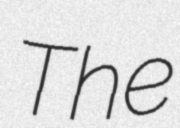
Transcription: The